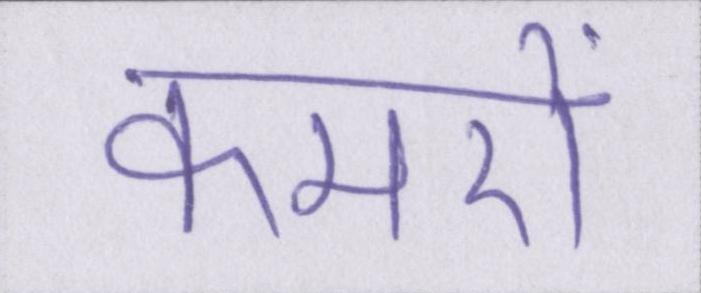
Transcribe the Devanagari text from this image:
कमरों